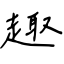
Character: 趣